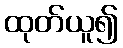
ထုတ်ယူ၍